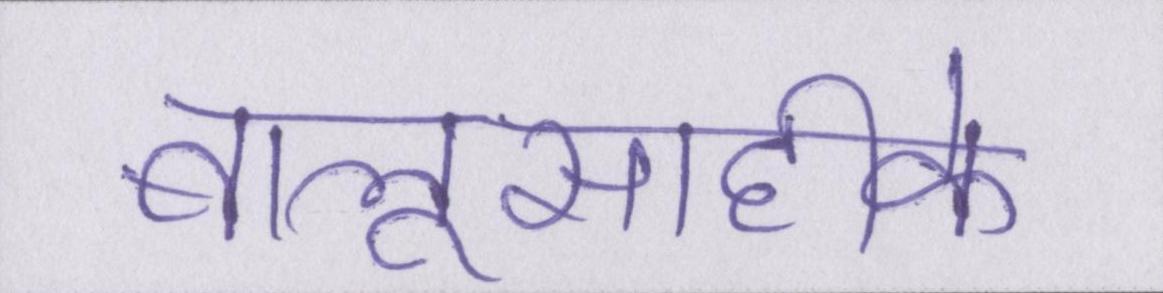
बालूसाहीके